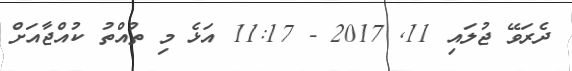
ދެރަވޭ ޖުލައި 11